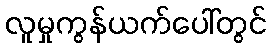
လူမှုကွန်ယက်ပေါ်တွင်